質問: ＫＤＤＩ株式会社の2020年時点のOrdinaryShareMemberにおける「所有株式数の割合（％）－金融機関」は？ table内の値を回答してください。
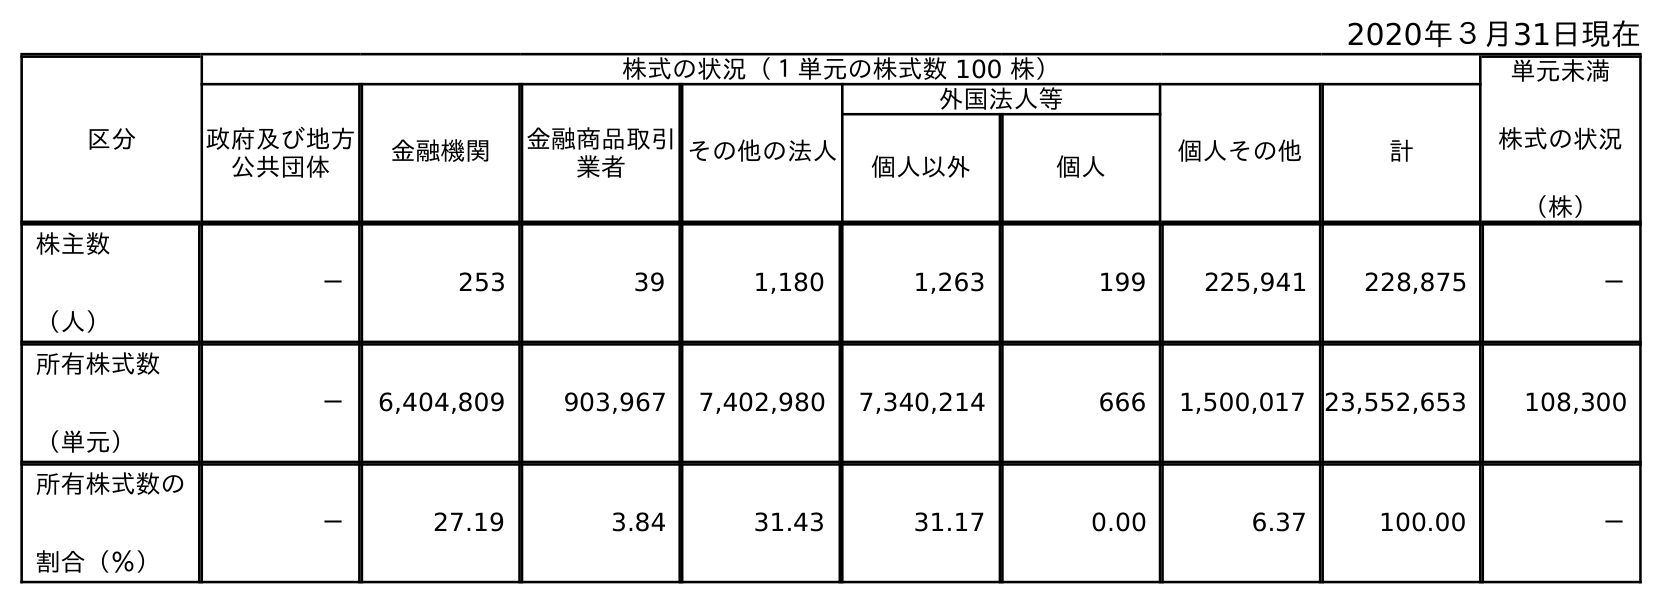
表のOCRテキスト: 2020年３月31日現在 区分 株式の状況（１単元の株式数 100 株） 単元未満 株式の状況 （株） 政府及び地方 公共団体 金融機関 金融商品取引 業者 その他の法人 外国法人等 個人その他 計 個人以外 個人 株主数 （人） － 253 39 1,180 1,263 199 225,941 228,875 － 所有株式数 （単元） － 6,404,809 903,967 7,402,980 7,340,214 666 1,500,017 23,552,653 108,300 所有株式数の 割合（％） － 27.19 3.84 31.43 31.17 0.00 6.37 100.00 －
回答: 27.19